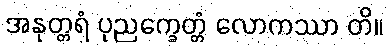
အနုတ္တရံ ပုညက္ခေတ္တံ လောကဿာ တိ။